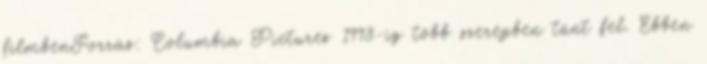
filmbenForrás: Columbia Pictures 1998-ig több szerepben tűnt fel. Ebben